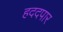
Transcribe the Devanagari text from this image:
हददपार